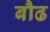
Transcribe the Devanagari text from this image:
बौढ